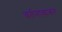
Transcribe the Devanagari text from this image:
वर्तनाबाबत